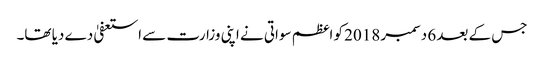
جس کے بعد 6 دسمبر 2018 کو اعظم سواتی نے اپنی وزارت سے استعفیٰ دے دیا تھا۔